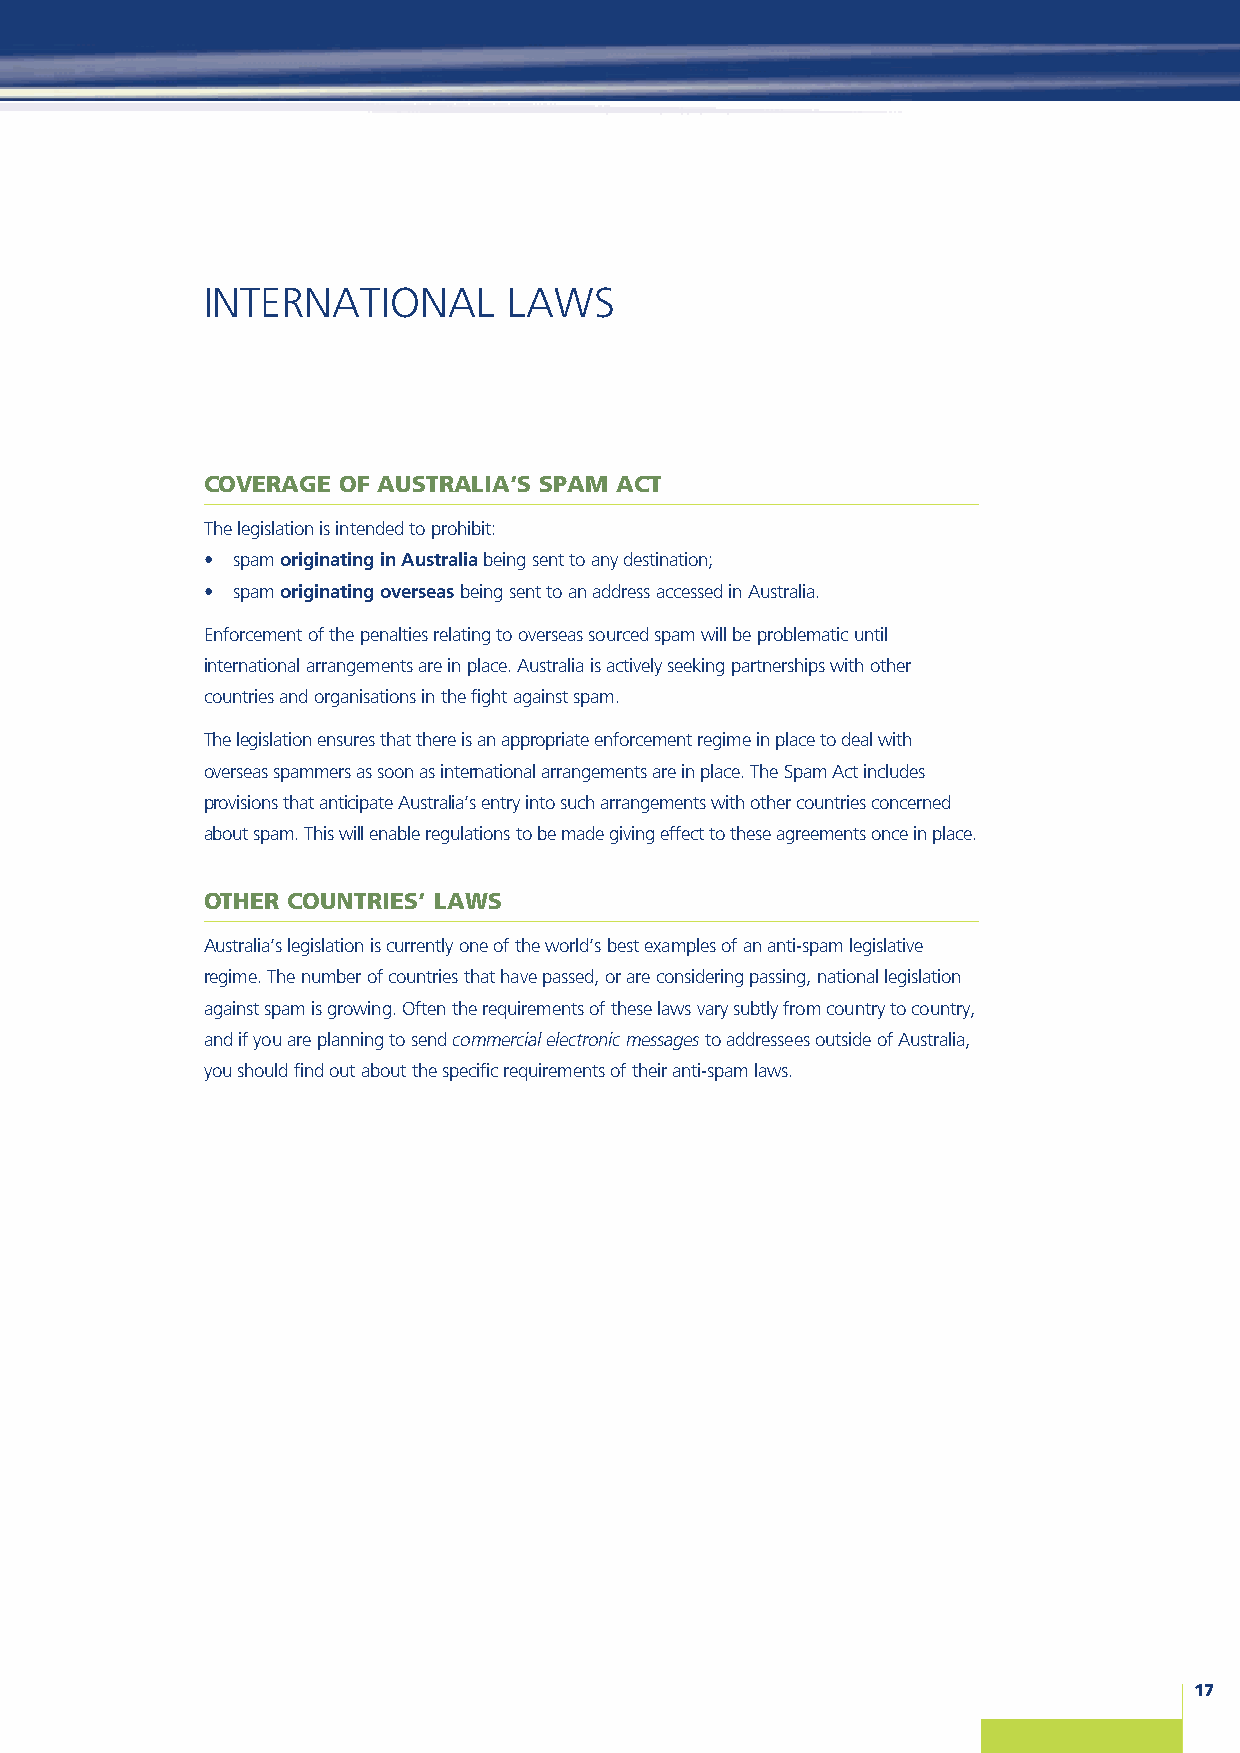
INTERNATIONAL        LAWS
 COVERAGE OF AUSTRALIA’S SPAM ACT
 The legislation is intended to prohibit:
 • spam originating in Australiabeing sent to any destination;
 • spam originating overseasbeing sent to an address accessed in Australia.
 Enforcement of the penalties relating to overseas sourced spam will be problematic until
 international arrangements are in place. Australia is actively seeking partnerships with other
 countries and organisations in the fight against spam.
 The legislation ensures that there is an appropriate enforcement regime in place to deal with
 overseas spammers as soon as international arrangements are in place. The Spam Act includes
 provisions that anticipate Australia’s entry into such arrangements with other countries concerned
 about spam. This will enable regulations to be made giving effect to these agreements once in place.
 OTHER COUNTRIES’ LAWS
 Australia’s legislation is currently one of the world’s best examples of an anti-spam legislative
 regime. The number of countries that have passed, or are considering passing, national legislation
 against spam is growing. Often the requirements of these laws vary subtly from country to country,
 and if you are planning to send commercial electronic messagesto addressees outside of Australia,
 you should find out about the specific requirements of their anti-spam laws.
 17